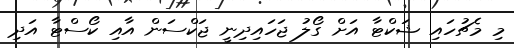
މި މެޗުހައި ޝަކްޓާ އަށް ގޯލު ޖަހައިދިނީ ޖަކްސަން އާއި ކޯސްޓާ އަދި